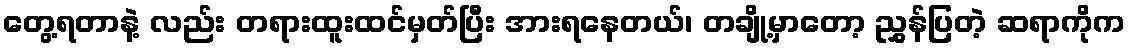
တွေ့ရတာနဲ့ လည်း တရားထူးထင်မှတ်ပြီး အားရနေတယ်၊ တချို့မှာတော့ ညွှန်ပြတဲ့ ဆရာကိုက